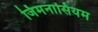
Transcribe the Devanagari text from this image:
जिमनासियम